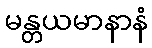
မန္တယမာနာနံ